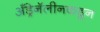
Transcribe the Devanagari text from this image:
अँड्रेनॅलीनकडून